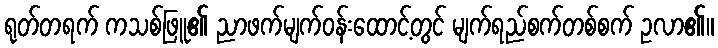
ရုတ်တရက် ကသစ်ဖြူ၏ ညာဖက်မျက်ဝန်းထောင့်တွင် မျက်ရည်စက်တစ်စက် ဥလာ၏။